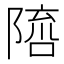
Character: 𨻓